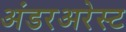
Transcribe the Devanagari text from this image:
अंडरअरेस्ट